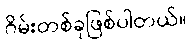
ဂိမ်းတစ်ခုဖြစ်ပါတယ်။